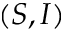
( S , I )